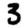
Digit: 3